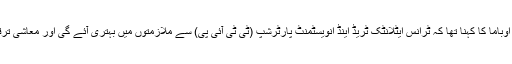
اس موقعے پر صدر اوباما کا کہنا تھا کہ ٹرانس ایٹلانٹک ٹریڈ اینڈ انویسٹمنٹ پارٹرشپ (ٹی ٹی آئی پی) سے ملازمتوں میں بہتری آئے گی اور معاشی ترقی کو فروغ ملے گا۔